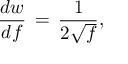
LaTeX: \frac { d w } { d f } \, = \, \frac 1 { 2 \sqrt f } ,